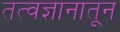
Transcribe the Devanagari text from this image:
तत्वज्ञानातून